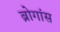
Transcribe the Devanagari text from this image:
ब्रोगांस